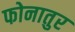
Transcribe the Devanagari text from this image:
फोनातुर